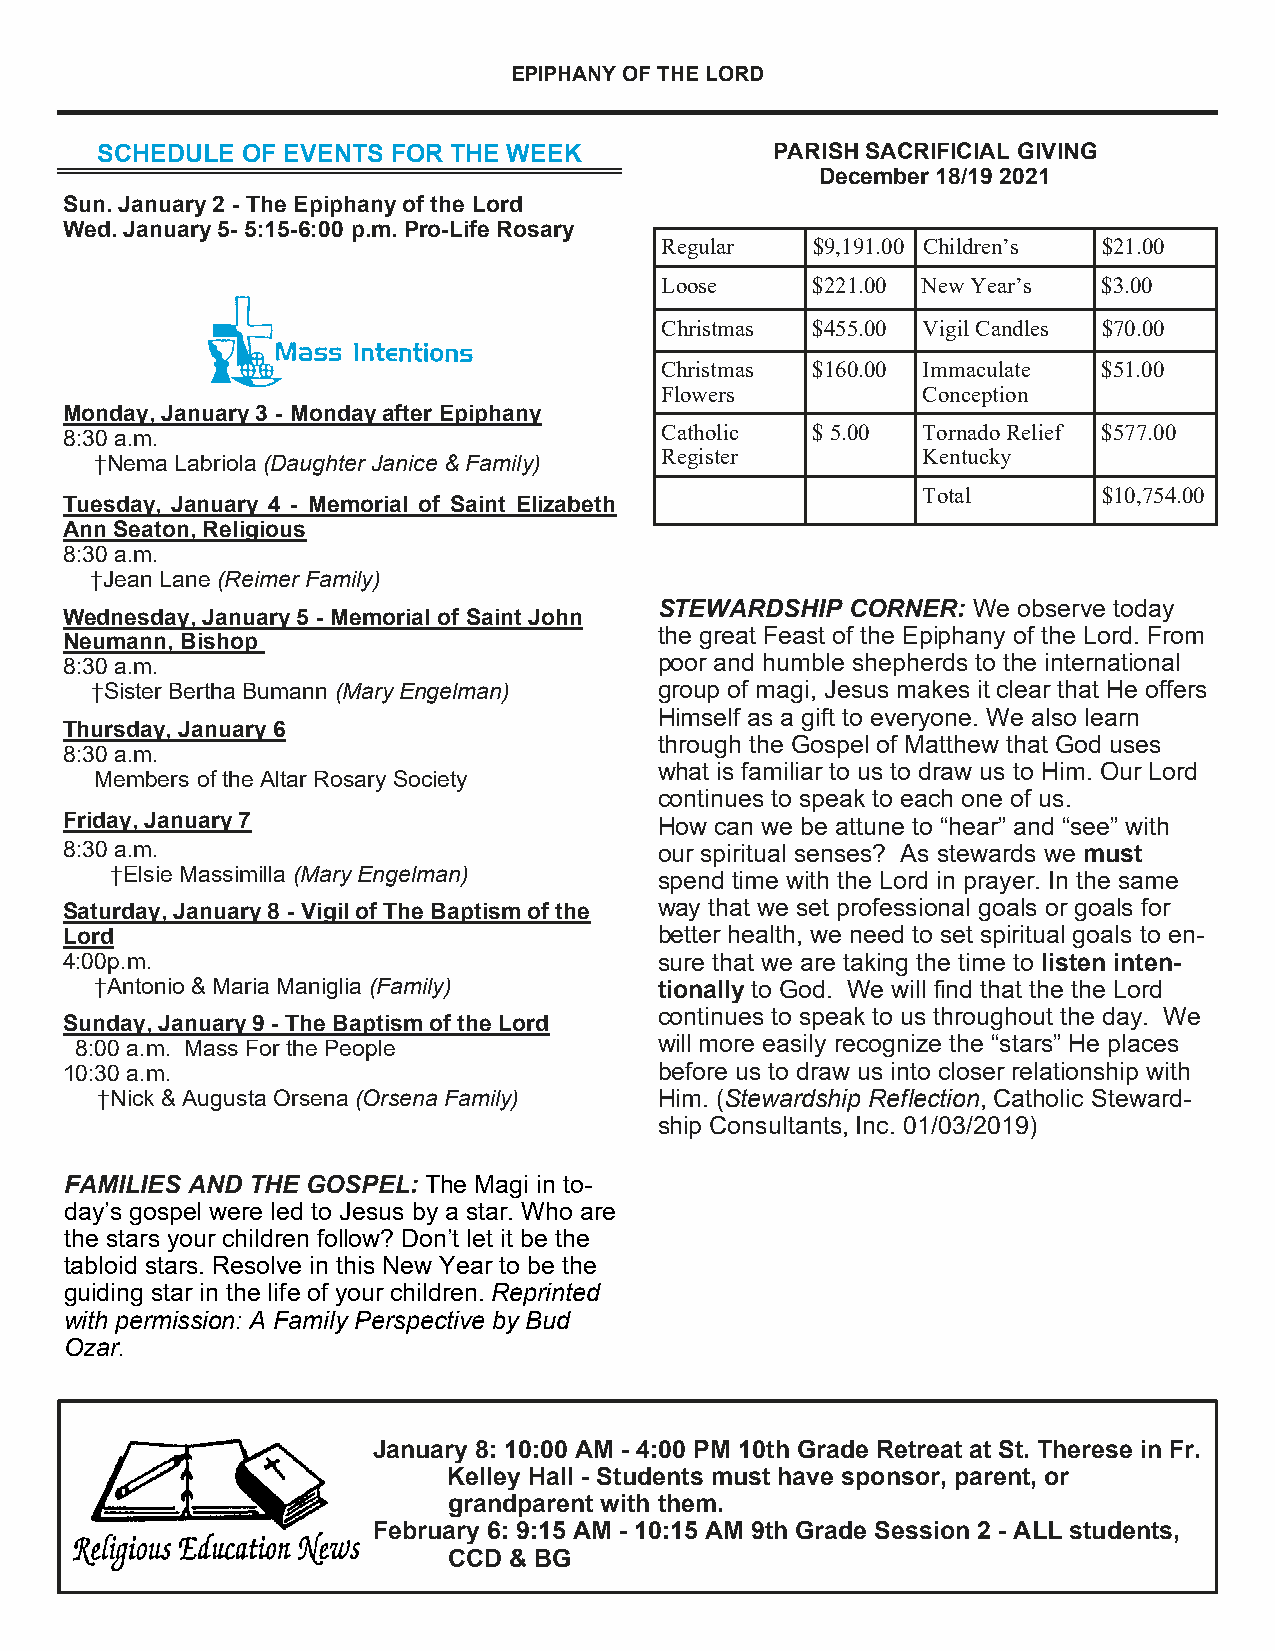
EPIPHANY OF THE LORD
 SCHEDULE  OF EVENTS FOR THE WEEK             PARISH SACRIFICIAL GIVING
 December 18/19 2021
 Sun. January 2 - The Epiphany of the Lord
 Wed. January 5- 5:15-6:00 p.m. Pro-Life Rosary
 Regular   $9,191.00 Children’s $21.00
 Loose     $221.00 New Year’s $3.00
 Christmas $455.00 Vigil Candles $70.00
 Christmas $160.00 Immaculate $51.00
 Flowers          Conception
 Monday, January 3 - Monday after Epiphany
 8:30 a.m.                               Catholic  $ 5.00 Tornado Relief $577.00
 Register         Kentucky
 †Nema Labriola (Daughter Janice & Family)
 Total       $10,754.00
 Tuesday, January 4 - Memorial of Saint Elizabeth
 Ann Seaton, Religious
 8:30 a.m.
 †Jean Lane (Reimer Family)
 STEWARDSHIP CORNER: We observe today
 Wednesday, January 5 - Memorial of Saint John
 the great Feast of the Epiphany of the Lord. From
 Neumann, Bishop
 8:30 a.m.                               poor and humble shepherds to the international
 †Sister Bertha Bumann (Mary Engelman) group of magi, Jesus makes it clear that He offers
 Himself as a gift to everyone. We also learn
 Thursday, January 6
 through the Gospel of Matthew that God uses
 8:30 a.m.
 what is familiar to us to draw us to Him. Our Lord
 Members of the Altar Rosary Society
 continues to speak to each one of us.
 Friday, January 7                       How can we be attune to “hear” and “see” with
 8:30 a.m.                               our spiritual senses? As stewards we must
 †Elsie Massimilla (Mary Engelman)    spend time with the Lord in prayer. In the same
 Saturday, January 8 - Vigil of The Baptism of the way that we set professional goals or goals for
 Lord                                    better health, we need to set spiritual goals to en-
 4:00p.m.                                sure that we are taking the time to listen inten-
 †Antonio & Maria Maniglia (Family)    tionally to God. We will find that the the Lord
 continues to speak to us throughout the day. We
 Sunday, January 9 - The Baptism of the Lord
 8:00 a.m. Mass For the People          will more easily recognize the “stars” He places
 10:30 a.m.                              before us to draw us into closer relationship with
 †Nick & Augusta Orsena (Orsena Family) Him. (Stewardship Reflection, Catholic Steward-
 ship Consultants, Inc. 01/03/2019)
 FAMILIES AND THE GOSPEL: The Magi in to-
 day’s gospel were led to Jesus by a star. Who are
 the stars your children follow? Don’t let it be the
 tabloid stars. Resolve in this New Year to be the
 guiding star in the life of your children. Reprinted
 with permission: A Family Perspective by Bud
 Ozar.
 January 8: 10:00 AM - 4:00 PM 10th Grade Retreat at St. Therese in Fr.
 Kelley Hall - Students must have sponsor, parent, or
 grandparent with them.
 February 6: 9:15 AM - 10:15 AM 9th Grade Session 2 - ALL students,
 CCD & BG